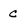
Character: C